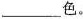
___色。